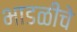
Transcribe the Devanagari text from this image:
भाडळीचे